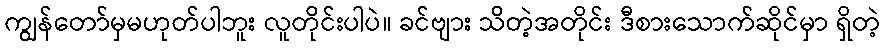
ကျွန်တော်မှမဟုတ်ပါဘူး လူတိုင်းပါပဲ။ ခင်ဗျား သိတဲ့အတိုင်း ဒီစားသောက်ဆိုင်မှာ ရှိတဲ့